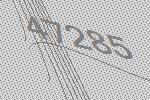
47285